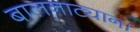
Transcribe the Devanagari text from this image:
बालनाट्याना